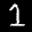
Label: 1